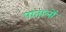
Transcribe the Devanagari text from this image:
पातालों